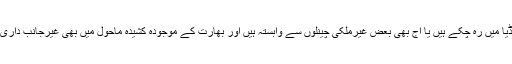
ان میں بیشتر وہ ہیں جو عالمی میڈیا میں رہ چکے ہیں یا آج بھی بعض غیرملکی چینلوں سے وابستہ ہیں اور بھارت کے موجودہ کشیدہ ماحول میں بھی غیرجانب داری کو آنچل میں سنبھالے ہوئے ہیں۔